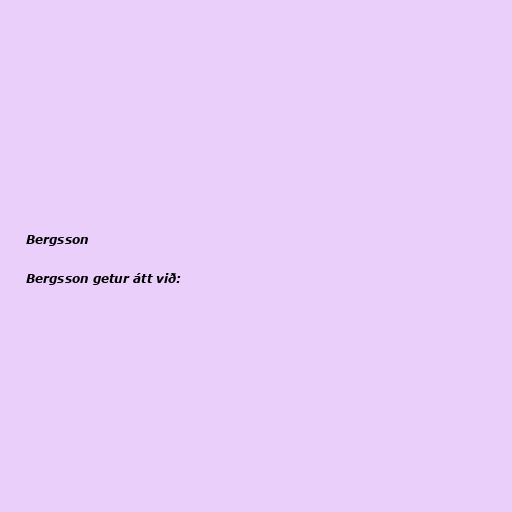
Bergsson

Bergsson getur átt við: